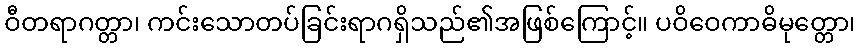
ဝီတရာဂတ္တာ၊ ကင်းသောတပ်ခြင်းရာဂရှိသည်၏အဖြစ်ကြောင့်။ ပဝိဝေကာဓိမုတ္တော၊